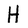
Character: H